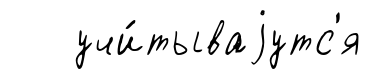
учи́тываjутс'я